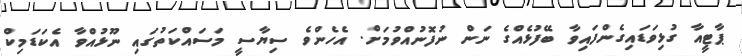
ޕާޓީއާ ގުޅިވަޑައިގެންފައިވާ ބޭފުޅެއްގެ ނަން ނުފޮނުއްވުމަށް. އެހެންވެ ސިޔާސީ މަަސައްކަތުގައި ނޫޅުއްވާ އެކަޑަމިކް